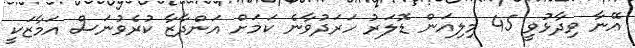
އޭނާ ވިދާޅުވީ 45 މިލިއަން ޑޮލަރު ހަރަދުވާނެ ކަމަށް އަންދާޒާ ކުރެވުނަސް އަމާޒަކީ